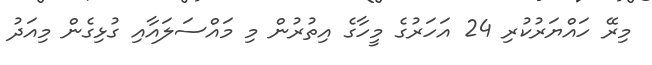
މިރޭ ހައްޔަރުކުރި 24 އަހަރުގެ މީހާގެ އިތުރުން މި މައްސަލައާއި ގުޅިގެން މިއަދު